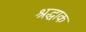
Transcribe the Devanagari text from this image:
श्रद्धाक